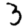
Digit: 3